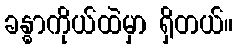
ခန္ဓာကိုယ်ထဲမှာ ရှိတယ်။